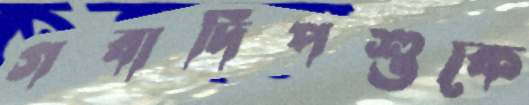
গবাদিপশুকে